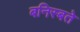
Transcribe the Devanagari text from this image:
बनिस्बते